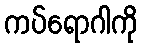
ကပ်ရောဂါကို